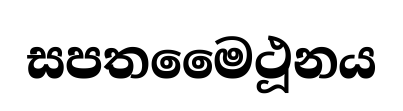
සපතමෛථූනය